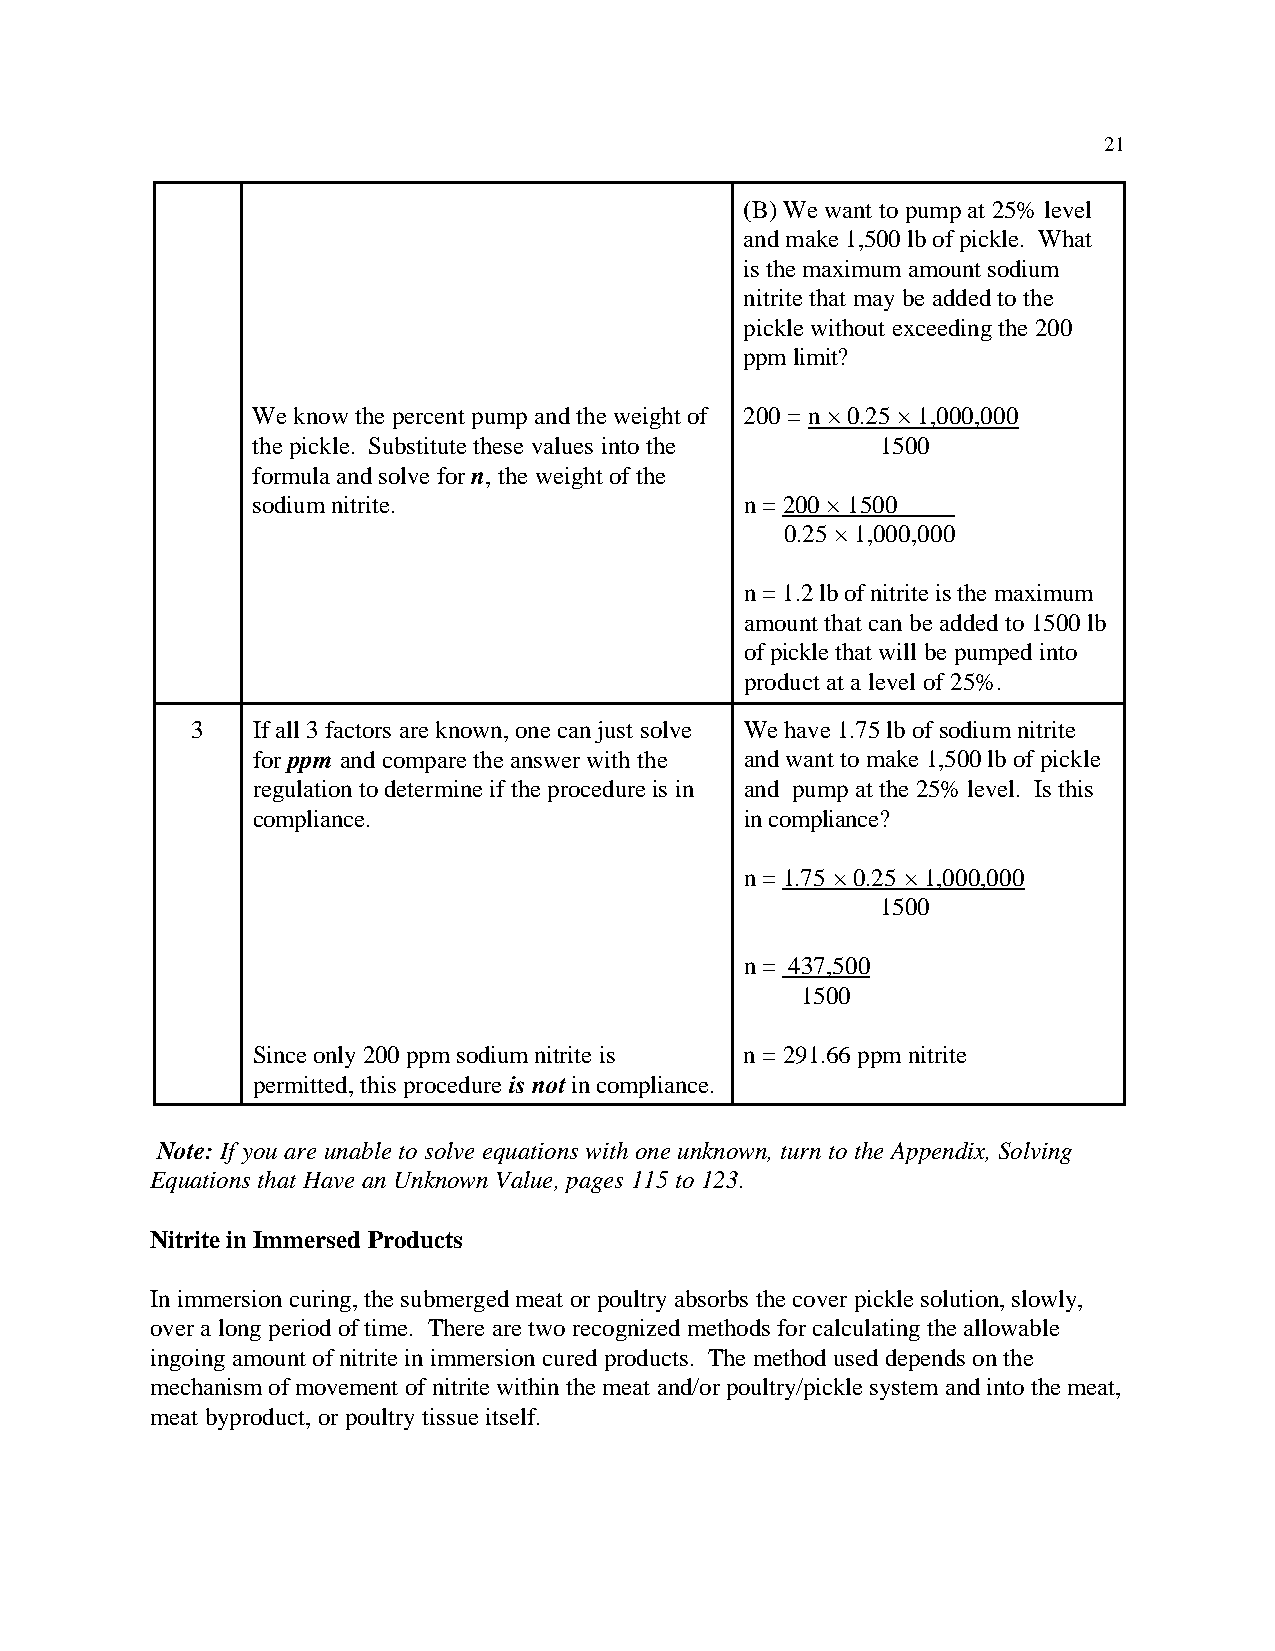
21
 (B) We want to pump at 25% level
 and make 1,500 lb of pickle. What
 is the maximum amount sodium
 nitrite that may be added to the
 pickle without exceeding the 200
 ppm limit?
 We know the percent pump and the weight of 200 = n × 0.25 × 1,000,000
 the pickle. Substitute these values into the 1500
 formula and solve for n, the weight of the
 sodium nitrite.                 n = 200 × 1500
 0.25 × 1,000,000
 n = 1.2 lb of nitrite is the maximum
 amount that can be added to 1500 lb
 of pickle that will be pumped into
 product at a level of 25%.
 3   If all 3 factors are known, one can just solve We have 1.75 lb of sodium nitrite
 for ppm and compare the answer with the and want to make 1,500 lb of pickle
 regulation to determine if the procedure is in and pump at the 25% level. Is this
 compliance.                     in compliance?
 n = 1.75 × 0.25 × 1,000,000
 1500
 n = 437,500
 1500
 Since only 200 ppm sodium nitrite is n = 291.66 ppm nitrite
 permitted, this procedure is not in compliance.
 Note: If you are unable to solve equations with one unknown, turn to the Appendix, Solving
 Equations that Have an Unknown Value, pages 115 to 123.
 Nitrite in Immersed Products
 In immersion curing, the submerged meat or poultry absorbs the cover pickle solution, slowly,
 over a long period of time. There are two recognized methods for calculating the allowable
 ingoing amount of nitrite in immersion cured products. The method used depends on the
 mechanism of movement of nitrite within the meat and/or poultry/pickle system and into the meat,
 meat byproduct, or poultry tissue itself.